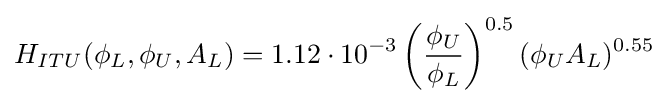
H_{ITU}(\phi _{L},\phi _{U},A_{L})=1.12\cdot 10^{-3}\left({\frac {\phi _{U}}{\phi _{L}}}\right)^{0.5}(\phi _{U}A_{L})^{0.55}